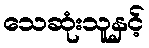
သေဆုံးသူနှင့်